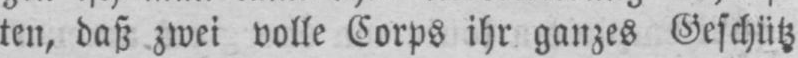
ten, daß zwei volle Corps ihr ganzes Geschütz